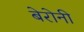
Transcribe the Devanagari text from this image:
बेरोनी